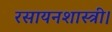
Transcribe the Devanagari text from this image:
रसायनशास्त्री।